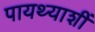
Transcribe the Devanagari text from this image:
पायथ्याशीं